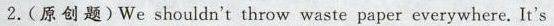
2. (原创题) We shouldn't throw waste paper everywhere. It's